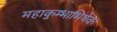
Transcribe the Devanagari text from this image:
महाकुम्भाभिषेक